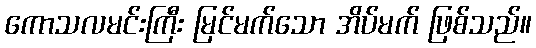
ကောသလမင်းကြီး မြင်မက်သော အိပ်မက် ဖြစ်သည်။